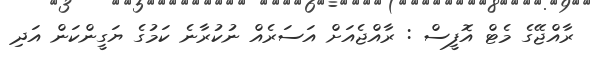
ރާއްޖޭގެ މެޓް އޮފީސް : ރާއްޖެއަށް އަސަރެއް ނުކުރާނެ ކަމުގެ ޔަގީންކަން އަދި